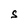
Character: S